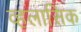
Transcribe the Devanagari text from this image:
व्हलासिक